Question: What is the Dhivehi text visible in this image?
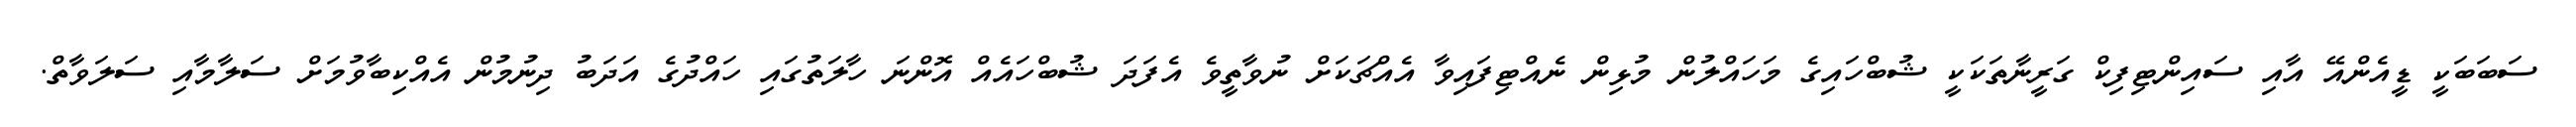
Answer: ސަބަބަކީ ޑީއެންއޭ އާއި ސައިންޓިފިކް ގަރީނާތަކަކީ ޝުބްހައިގެ މަހައްލުން މުޅިން ނެއްޓިފައިވާ އެއްޗަކަށް ނުވާތީވެ އެފަދަ ޝުބްހައެއް އޮންނަ ހާލަތުގައި ހައްދުގެ އަދަބު ދިނުމުން އެއްކިބާވުމަށް ސަލާމާއި ސަލަވާތް.